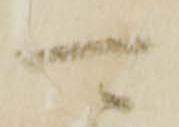
可